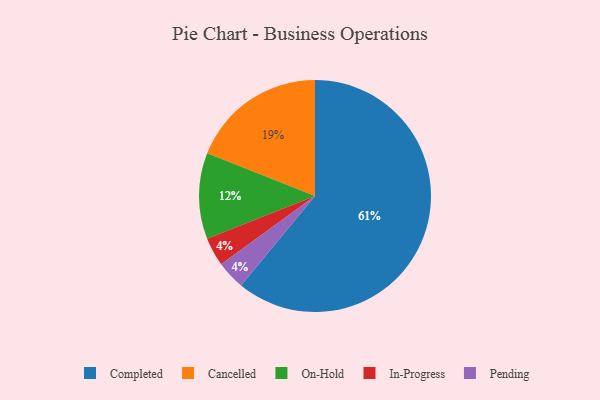
{"axis": {"x": "Category", "y": "Percentage"}, "legend": ["Cancelled", "Completed", "In-Progress", "On-Hold", "Pending"], "data": [{"x": "Completed", "y": 61, "type": "Completed"}, {"x": "In-Progress", "y": 4, "type": "In-Progress"}, {"x": "Cancelled", "y": 19, "type": "Cancelled"}, {"x": "Pending", "y": 4, "type": "Pending"}, {"x": "On-Hold", "y": 12, "type": "On-Hold"}]}